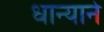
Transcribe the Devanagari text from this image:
धान्याने